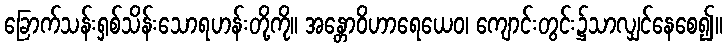
ခြောက်သန်းရှစ်သိန်းသောရဟန်းတို့ကို။ အန္တောဝိဟာရေယေဝ၊ ကျောင်းတွင်း၌သာလျှင်နေစေ၍။